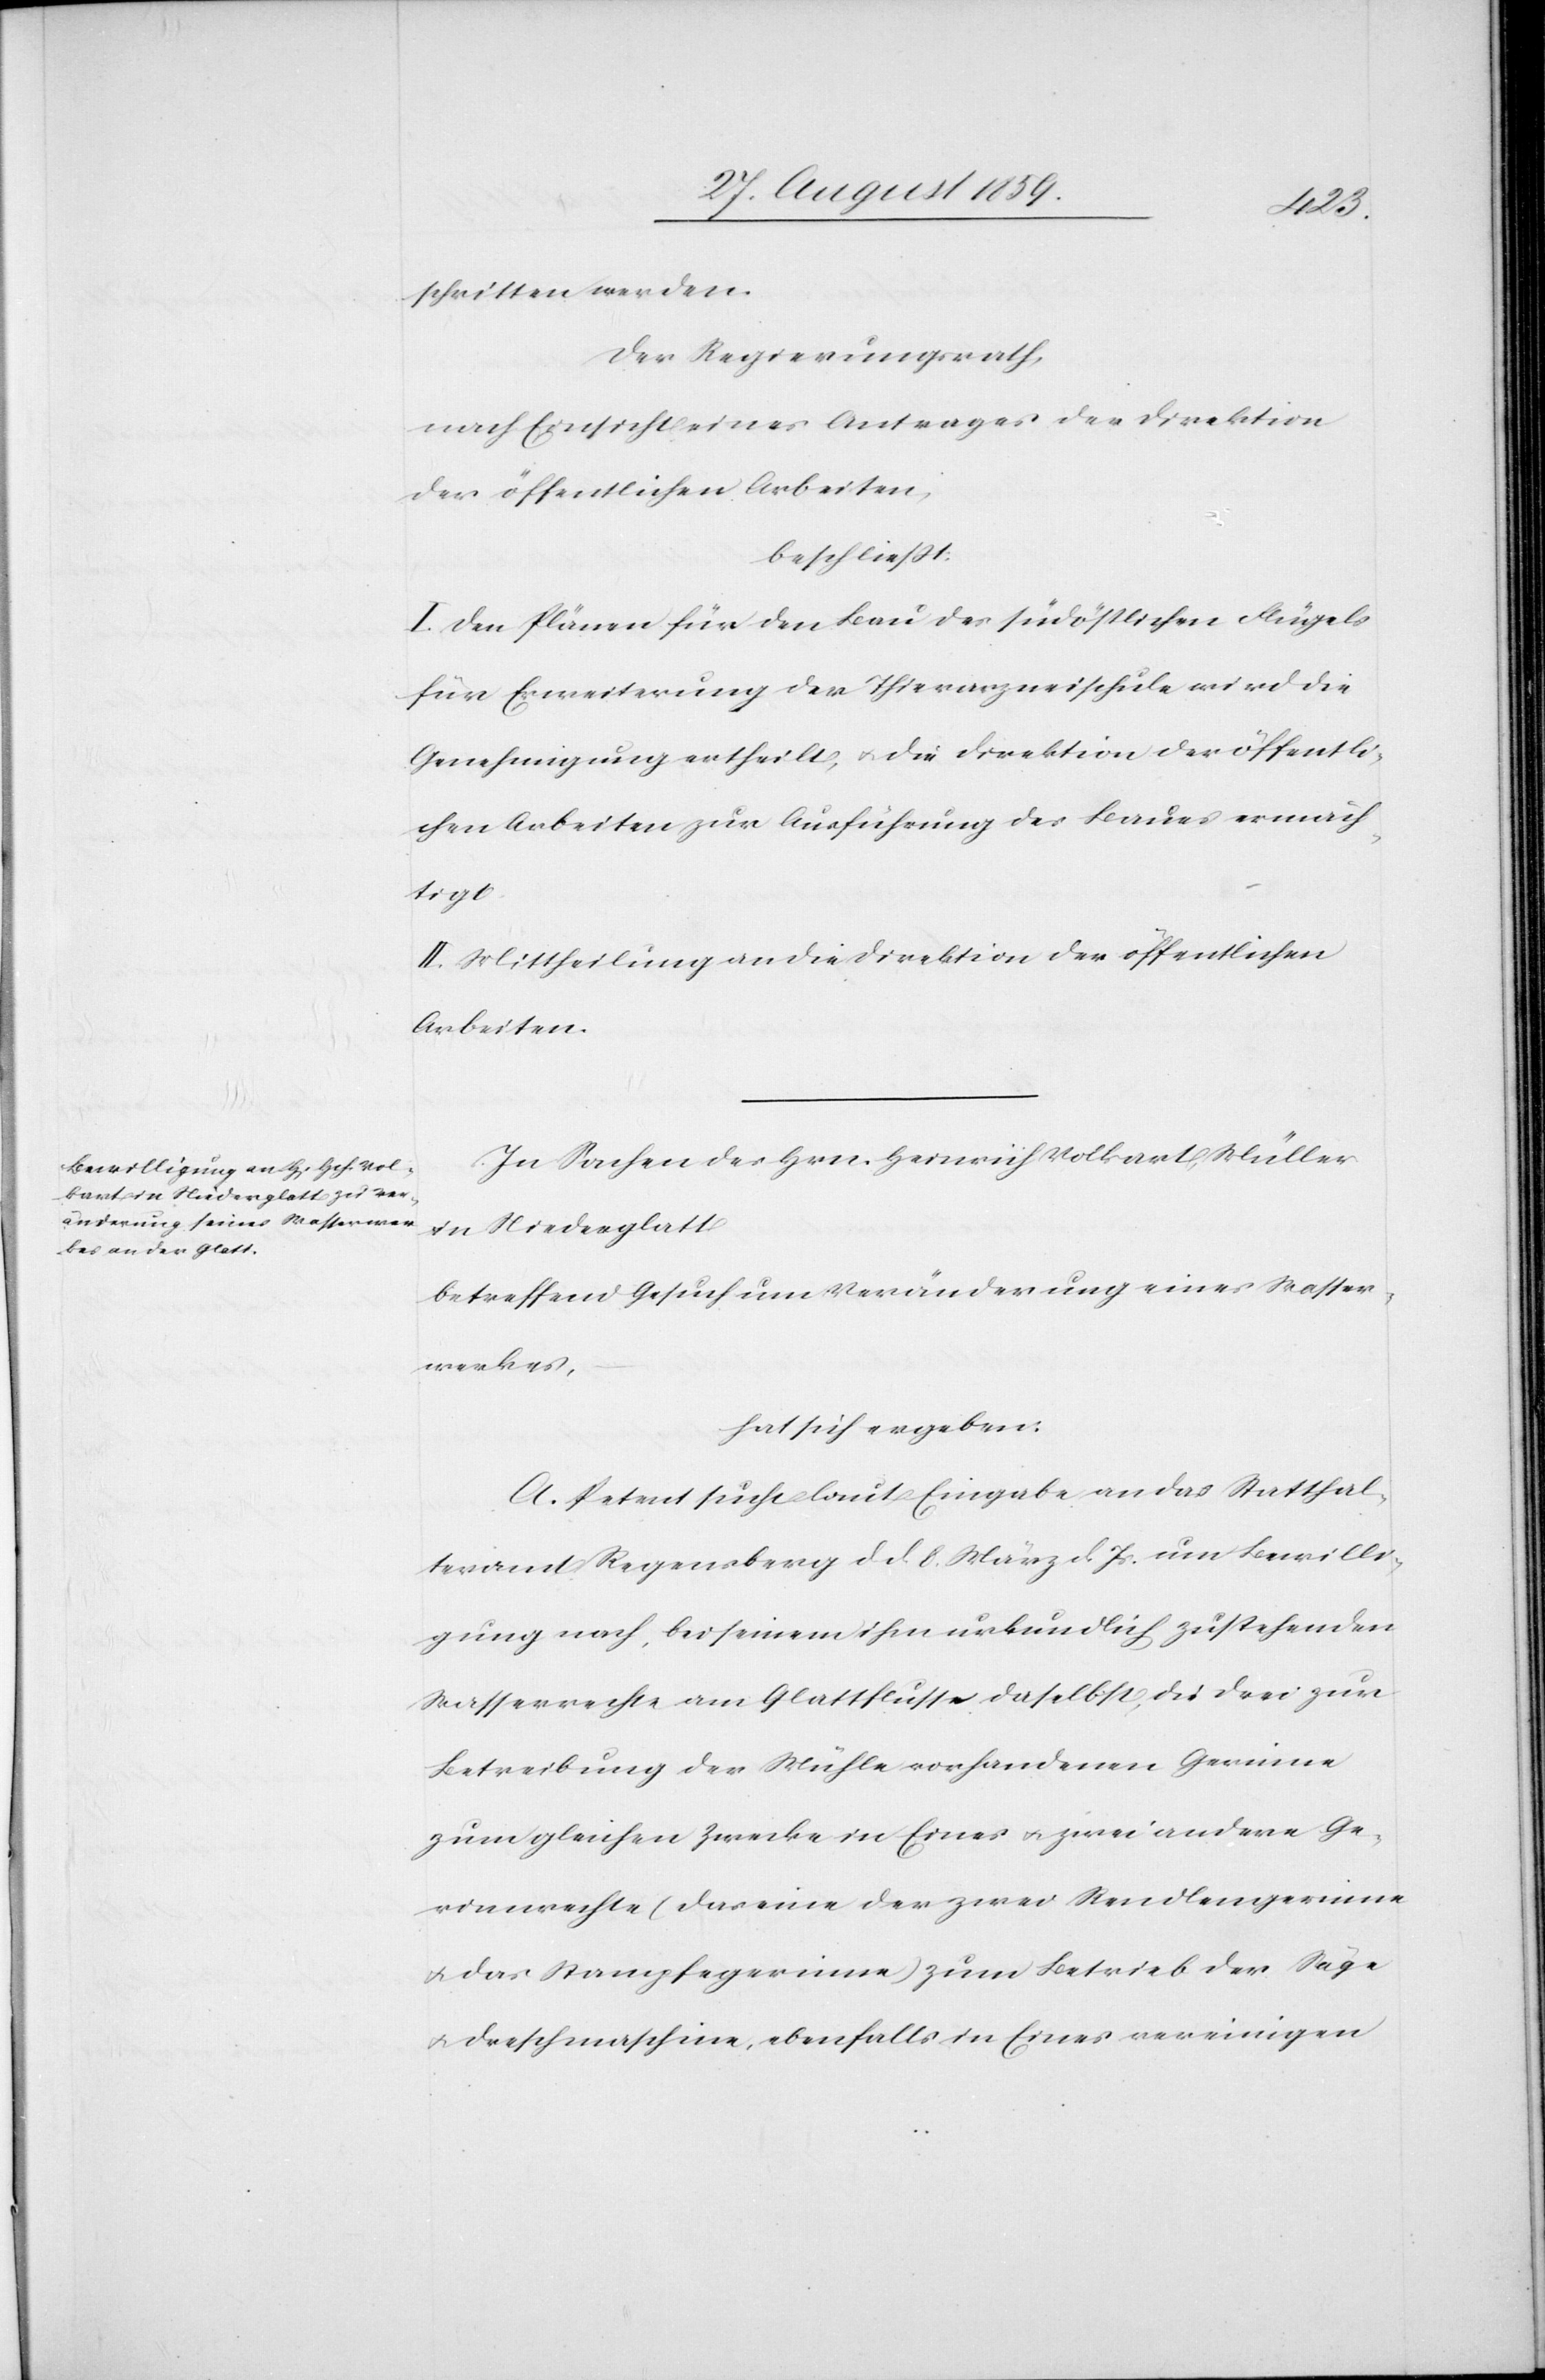
schritten werden.
Der Regierungsrath,
nach Einsicht eines Antrages der Direktion
der öffentlichen Arbeiten,
beschließt:
I. Den Plänen für den Bau des südöstlichen Flügels
für Erweiterung der Thierarzneischule wird die
Genehmigung ertheilt, & die Direktion der öffentli¬
chen Arbeiten zur Ausführung des Baues ermäch¬
tigt.
II. Mittheilung an die Direktion der öffentlichen
Arbeiten.
In Sachen des Hrn. Heinrich Volkart, Müller
in Niederglatt
betreffend Gesuch um Veränderung eines Wasser¬
werkes,
hat sich ergeben:
A. Petent sucht laut Eingabe an das Statthal¬
teramt Regensberg d. d. 8. März d. Js. um Bewilli¬
gung nach, bei seinem ihm urkundlich zustehenden
Wasserrechte am Glattflusse daselbst, die drei zur
Betreibung der Mühle vorhandenen Gerinne
zum gleichen Zwecke in Eines & zwei andere Ge¬
rinnrechte (das eine der zwei Rendlengerinne
& das Stampfgerinne) zum Betrieb der Säge
& Dreschmaschine, ebenfalls in Eines vereinigen